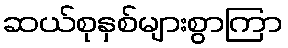
ဆယ်စုနှစ်များစွာကြာ